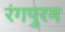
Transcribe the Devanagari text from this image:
रंगपुरम